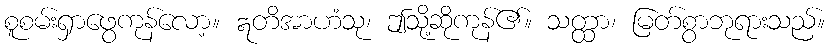
စူစမ်းရှာဖွေကုန်လော့။ ဣတိအာဟံသု၊ ဤသို့ဆိုကုန်၏။ သတ္ထာ၊ မြတ်စွာဘုရားသည်။